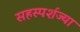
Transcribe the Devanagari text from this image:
सहस्पर्शज्या